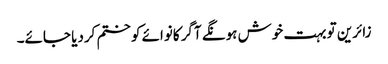
زائرین تو بہت خوش ہونگے آگر کانوائے کو ختم کردیا جائے۔